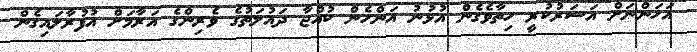
އަހަންނަށް އަސަރުކުރީ ހިތާވެގެން އުޅުނު އަންހެން ކުއްޖާ ދައުލަތުގެ ވެރިންގެ އަރާމަށް އުފުރާލައިގެން